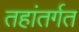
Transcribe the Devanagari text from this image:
तहांतर्गत